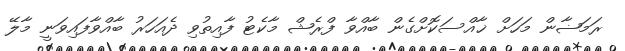
ރަމަޟާން މަހަށް ޚާއްސަކޮށްގެން ބާއްވާ ފްރެޝް މާކެޓު ފާއިތުވި ދެއަހަރު ބާއްވާފައިވަނީ މާލޭ